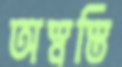
অস্বস্তি